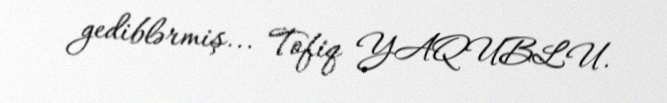
gediblərmiş... Tofiq YAQUBLU.